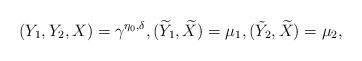
LaTeX: \begin{align*} (Y_1, Y_2, X) = \gamma^{\eta_0, \delta} , ( \widetilde{Y}_1 , \widetilde{X}) = \mu_1, ( \tilde{Y}_2 , \widetilde{X}) = \mu_2,\end{align*}